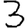
Digit: 3